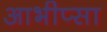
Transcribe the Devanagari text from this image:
आभीप्सा